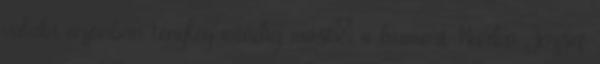
valaki azonban tényleg mindig mást: a humort Kurkó József